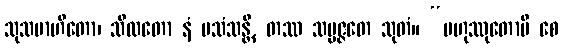
သုသမာဟိတော၊ သီလတော နံ ပသံသန္တိ, တဿ သမ္ပဇ္ဇတေ သုတံ။ “ဗဟုဿုတောပိ စေ